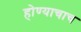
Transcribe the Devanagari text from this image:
होण्याचाच